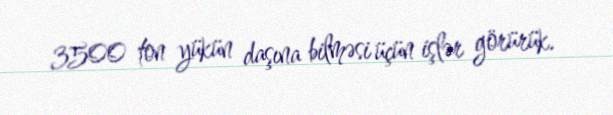
3500 ton yükün daşına bilməsi üçün işlər görürük.